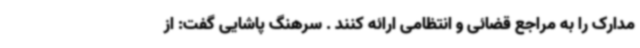
مدارک را به مراجع قضائی و انتظامی ارائه کنند . سرهنگ پاشایی گفت: از